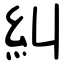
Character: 糾